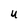
Character: U